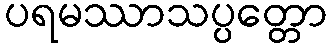
ပရမဿာသပ္ပတ္တော